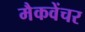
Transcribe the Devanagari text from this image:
मैकवेंचर